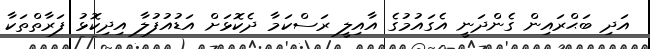
އަދި ބަޙްރައިން ގެންދަނީ އެގައުމުގެ އާއިލީ ރަސްކަމާ ދެކޮޅަށް އަޑުއުފުލާ އިދިކޮޅު ފަރާތްތަކާ